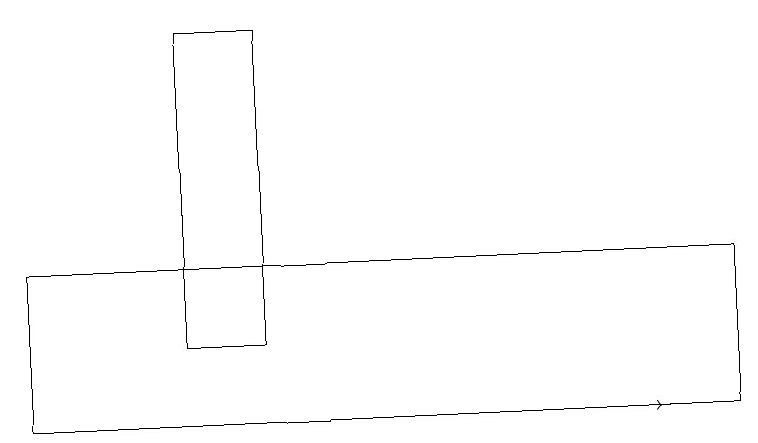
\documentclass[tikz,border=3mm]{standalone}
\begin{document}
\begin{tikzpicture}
\draw[->] (2,10) -- (8,10);
\draw (3,15) rectangle (2,11);
\draw (9,12) rectangle (0,10);
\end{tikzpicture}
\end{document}